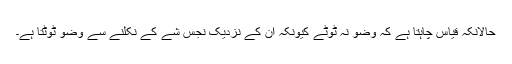
حالانکہ قیاس چاہتا ہے کہ وضو نہ ٹوٹے کیونکہ ان کے نزدیک نجس شے کے نکلنے سے وضو ٹوٹتا ہے۔